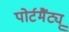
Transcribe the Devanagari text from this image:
पोर्टमैंट्यू